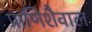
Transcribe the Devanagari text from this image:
प्राणिशैवाल